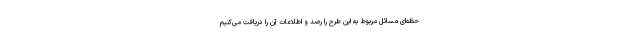
حظه‌ای مسائل مربوط به این طرح را رصد و اطلاعات آن را دریافت می‌کنیم